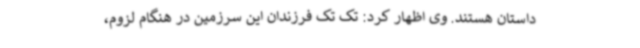
داستان هستند. وی اظهار کرد: تک تک فرزندان این سرزمین در هنگام لزوم،